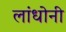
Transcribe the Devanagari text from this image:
लांधोनी